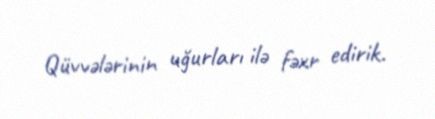
Qüvvələrinin uğurları ilə fəxr edirik.